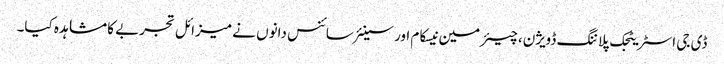
ڈی جی اسٹریٹجک پلاننگ ڈویژن، چیئرمین نیسکام اور سینئر سائنس دانوں نے میزائل تجربے کا مشاہدہ کیا۔